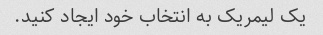
یک لیمریک به انتخاب خود ایجاد کنید.